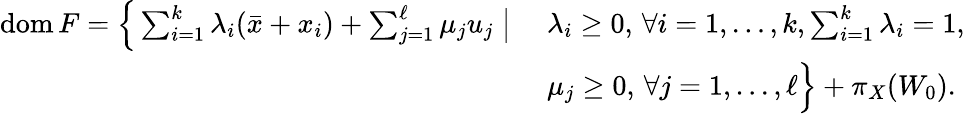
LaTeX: \begin{array}{r}{\begin{array}{ll}{\mathrm{dom}\, F=\Big\{ \sum_{i=1}^{k}\lambda_{i}(\bar{x}+x_{i})+\sum_{j=1}^{\ell}\mu_{j}u_{j}\; \big|\; }&{\lambda_{i}\geq 0,\, \forall i=1,\ldots,k,\sum_{i=1}^{k}\lambda_{i}=1,}\\ &{\mu_{j}\geq 0,\, \forall j=1,\ldots,\ell\Big\} +\pi_{X}(W_{0}).}\end{array}}\end{array}